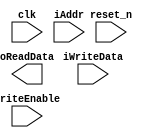
`timescale 1ns / 1ps
//////////////////////////////////////////////////////////////////////////////////
// Company: 
// Engineer: 
// 
// Design Name: 
// Module Name: Instr_DataRam
// Project Name: 
// Target Devices: 
// Tool Versions: 
// Description: 
// 
// Dependencies: 
// 
// Revision:
// Revision 0.01 - File Created
// Additional Comments:
// 
//////////////////////////////////////////////////////////////////////////////////


module Instr_DataRam(
    input clk,
    input reset_n,
    
    input WriteEnable,
    
    input [31:0] iAddr,
    input [31:0] iWriteData,
    
    output [31:0] oReadData
    
    );
endmodule